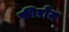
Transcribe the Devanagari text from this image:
फ़ीरोज